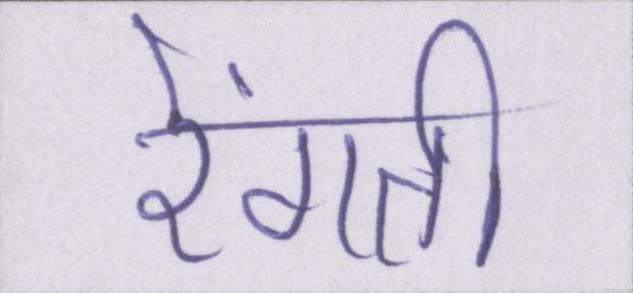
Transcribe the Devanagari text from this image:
रेंगती